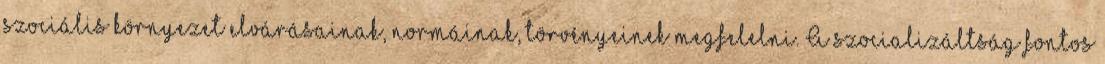
szociális környezet elvárásainak, normáinak, törvényeinek megfelelni. A szocializáltság fontos